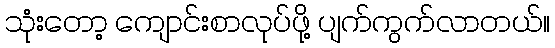
သုံးတော့ ကျောင်းစာလုပ်ဖို့ ပျက်ကွက်လာတယ်။